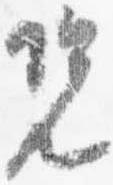
況